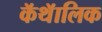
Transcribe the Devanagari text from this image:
कॅथॅालिक